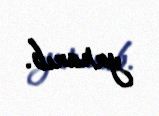
yaranıb.